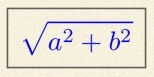
\sqrt{a^2+b^2}